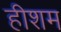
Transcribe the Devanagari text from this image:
हीशम